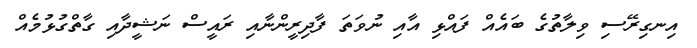
އިނގިރޭސި ވިލާތުގެ ބައެއް ފައްޅި އާއި ނުވަތަ ފާދިރީންނާއި ރައީސް ނަޝީދާއި ގާތްގުޅުމެއް